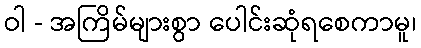
ဝါ - အကြိမ်များစွာ ပေါင်းဆုံရစေကာမူ၊